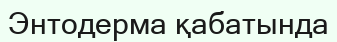
Энтодерма қабатында